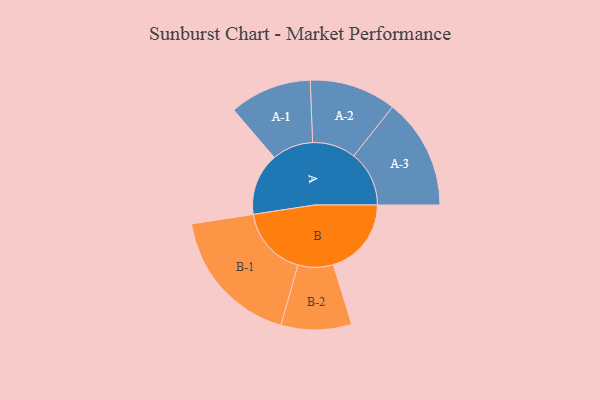
{"axis": {"x": "Segment", "y": "Value"}, "legend": ["", "A", "B"], "data": [{"x": "A", "y": 244, "type": ""}, {"x": "B", "y": 306, "type": ""}, {"x": "A-1", "y": 161, "type": "A"}, {"x": "A-2", "y": 170, "type": "A"}, {"x": "A-3", "y": 217, "type": "A"}, {"x": "B-1", "y": 275, "type": "B"}, {"x": "B-2", "y": 138, "type": "B"}]}